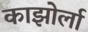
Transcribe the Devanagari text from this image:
काझोर्ला